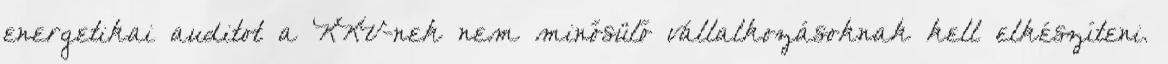
energetikai auditot a KKV-nek nem minősülő vállalkozásoknak kell elkészíteni.